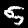
Digit: 5